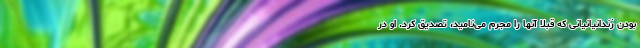
بودن زندانیانیانی که قبلا آنها را مجرم می‌نامید، تصدیق کرد. او در